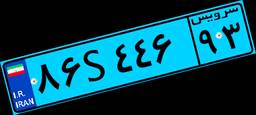
۸۶S۴۴۶۹۳